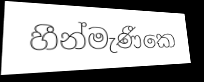
හීන්මැණීකෙ